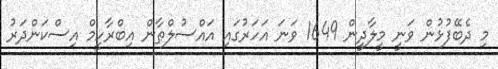
މި ދެބޭފުޅުން ވަނީ މީލާދީން 1649 ވަނަ އަހަރުގައި އައްސުލްޠާން އިބްރާހީމް އިސްކަންދަރު